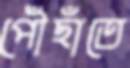
পৌঁছাঁতে